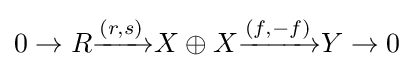
0\to R{\xrightarrow {(r,s)}}X\oplus X{\xrightarrow {(f,-f)}}Y\to 0